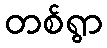
တစ်ရွာ